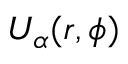
U _ { \alpha } ( r , \phi )